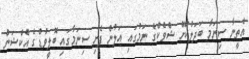
އެތީނާ ސިނަމާ ބަދަލުކޮށް ޝްވެކްގެ ނަމުގައި އަލުން ފެށި ސިނަމާގައި ބޮލީވުޑްގެ އެކްޝަން